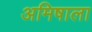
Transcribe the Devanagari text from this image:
अमिषाला